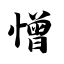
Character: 憎